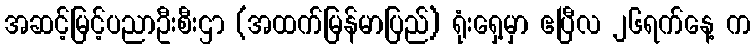
အဆင့်မြင့်ပညာဦးစီးဌာ (အထက်မြန်မာပြည်) ရုံးရှေ့မှာ ဧပြီလ ၂၆ရက်နေ့ က